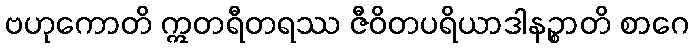
ဗဟုကောတိ ဣတရီတရဿ ဇီဝိတပရိယာဒါနဉ္စာတိ စာဂေ